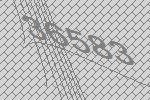
36583